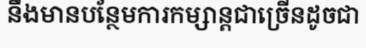
នឹងមានបន្ថែមការកម្សាន្តជាច្រើនដូចជា